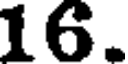
16.